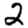
Digit: 2